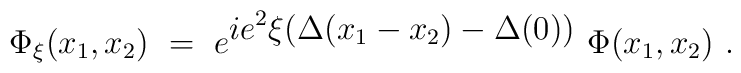
\Phi_{\xi}(x_1,x_2)\ =\ e^{{\displaystyle ie^2\xi (\Delta(x_1-x_2) -\Delta(0))}}\ \Phi(x_1,x_2)\ .